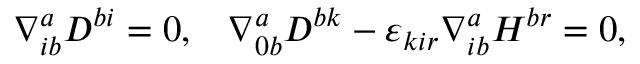
\nabla _ { i b } ^ { a } D ^ { b i } = 0 , \; \; \; \nabla _ { 0 b } ^ { a } D ^ { b k } - \varepsilon _ { k i r } \nabla _ { i b } ^ { a } H ^ { b r } = 0 ,